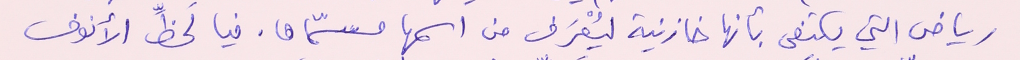
رياض التي يكتفى بأنها خازنية ليُعْرَف من اسمها مسمّاها. فيا لَحظِّ الأنوف